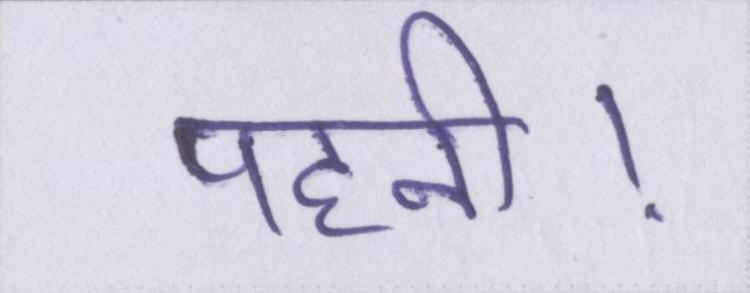
पहनी।